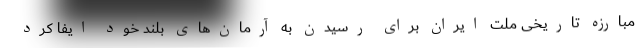
مبارزه تاریخی ملت ایران برای رسیدن به آرمان‌های بلند خود ایفا کرد